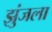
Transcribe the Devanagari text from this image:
झुंजला